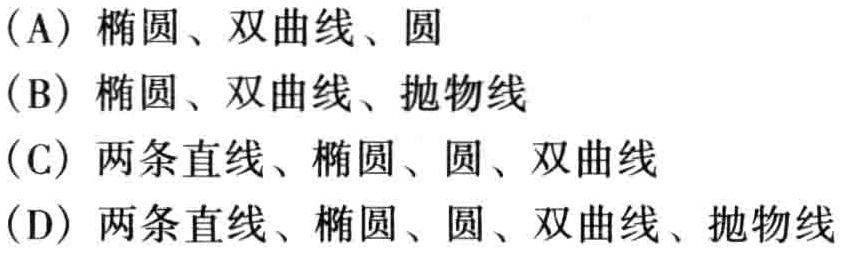
(A) 椭圆、双曲线、圆

(B) 椭圆、双曲线、抛物线

(C) 两条直线、椭圆、圆、双曲线

(D) 两条直线、椭圆、圆、双曲线、抛物线